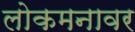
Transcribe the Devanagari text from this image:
लोकमनावर